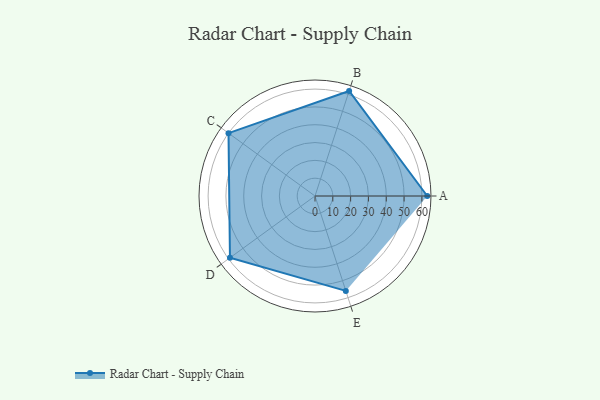
{"axis": {"x": "Skill", "y": "Score"}, "legend": ["Profile"], "data": [{"x": "A", "y": 63.0, "type": "Profile"}, {"x": "B", "y": 62.0, "type": "Profile"}, {"x": "C", "y": 60.0, "type": "Profile"}, {"x": "D", "y": 59.0, "type": "Profile"}, {"x": "E", "y": 56.0, "type": "Profile"}]}